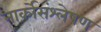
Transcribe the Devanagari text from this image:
नार्कोसंश्लेषण